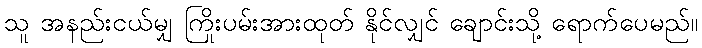
သူ အနည်းငယ်မျှ ကြိုးပမ်းအားထုတ် နိုင်လျှင် ချောင်းသို့ ရောက်ပေမည်။